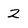
Character: 2